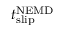
t _ { \mathrm { s l i p } } ^ { \mathrm { N E M D } }